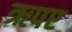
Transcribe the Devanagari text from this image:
ऋपए